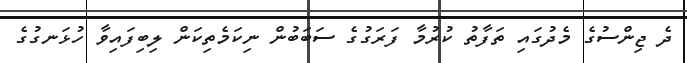
ދެ ޖިންސުގެ މެދުގައި ތަފާތު ކުރުމާ ފަރަގުގެ ސަބަބުން ނިކަމެތިކަން ލިބިފައިވާ ހުޅަނގުގެ